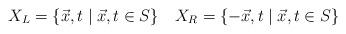
LaTeX: \begin{align*}X_{L}=\{\vec{x},t\;|\;\vec{x},t\in S\}~~~X_{R}=\{-\vec{x},t\;|\;\vec{x},t\in S\} \end{align*}